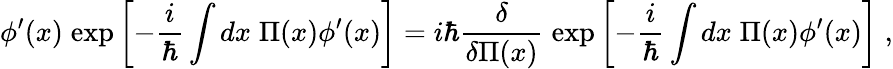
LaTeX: \phi^{\prime}(x)\; \mathrm{exp}\left[-{\frac{i}{\hbar}}\int dx\; \Pi(x)\phi^{\prime}(x)\right]=i\hbar{\frac{\delta}{\delta\Pi(x)}}\; \mathrm{exp}\left[-{\frac{i}{\hbar}}\int dx\; \Pi(x)\phi^{\prime}(x)\right]\; ,